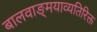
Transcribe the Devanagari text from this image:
बालवाङ्‌मयाव्यतिरिक्त